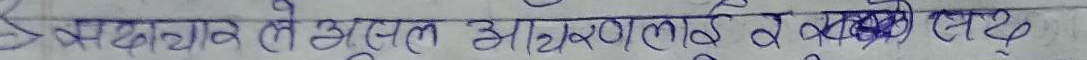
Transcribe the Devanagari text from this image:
मद्यपान ते असल आँखालाई व खराब सिद्ध